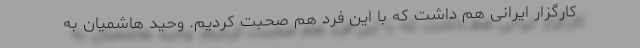
کارگزار ایرانی هم داشت که با این فرد هم صحبت کردیم. وحید هاشمیان به